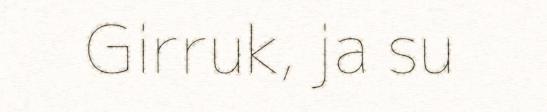
Girruk, ja su